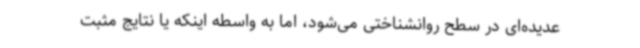
عدیده‌ای در سطح روانشناختی می‌شود، اما به واسطه اینکه یا نتایج مثبت